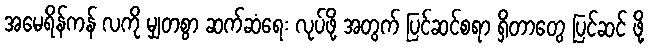
အမေရိန်ကန် လကို မျှတစွာ ဆက်ဆံရေး လုပ်ဖို့ အတွက် ပြင်ဆင်စရာ ရှိတာတွေ ပြင်ဆင် ဖို့